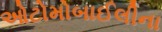
ઓટોમોબાઈલીના